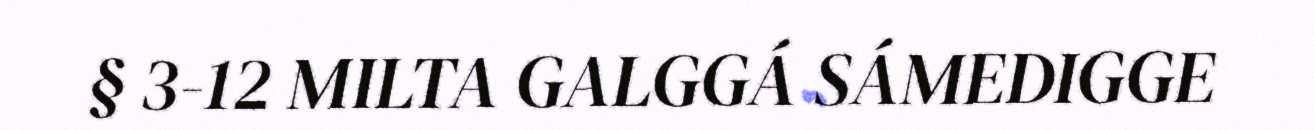
§ 3-12 MILTA GALGGÁ SÁMEDIGGE